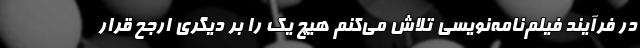
در فرآیند فیلم‌نامه‌نویسی تلاش می‌کنم هیچ یک را بر دیگری ارجح قرار